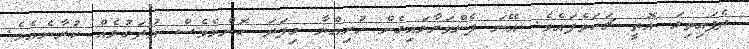
ދެފައިތިލަ އޮތީ ޗަކަވެފައެވެ. އޭނަ ފެންވަރާލައިގެން ހުރިއްޔާ މިފަދަ ކޮންމެވެސް އުދަގުލެއް ކުރާނެއެވެ.